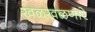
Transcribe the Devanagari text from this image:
खळखळणारे